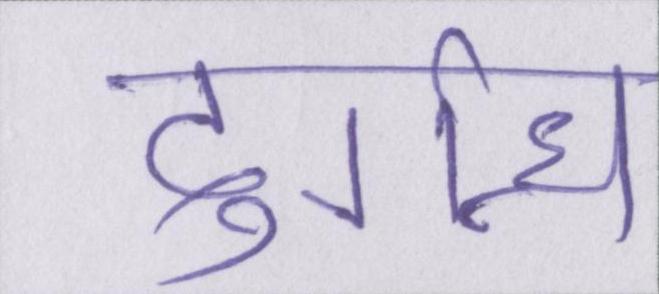
दुर्गन्ध